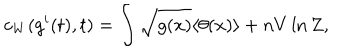
c _ { W } ( g ^ { i } ( t ) , t ) = \int \sqrt { g ( x ) } \langle \theta ( x ) \rangle + n V \ln Z ,